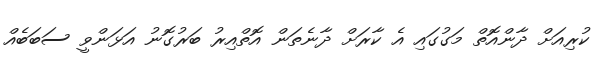
ކުރިއަށް ދާންއޮތް މަގުގައި އެ ކާރަށް ދާނެތަން އޮތްއިރު ބަރުގޮނު އަޅަންވީ ސަބަބެއް